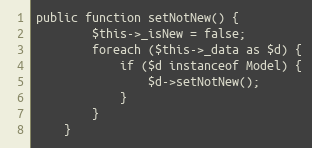
Language: PHP
public function setNotNew() {
		$this->_isNew = false;
		foreach ($this->_data as $d) {
			if ($d instanceof Model) {
				$d->setNotNew();
			}
		}
	}